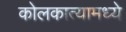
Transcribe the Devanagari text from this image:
कोलकात्यामध्ये